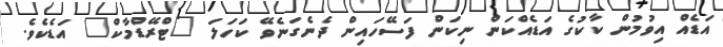
އަޑެއް އިވުމުން ކާކުގެ އަޑެއްކަން ނިކަން ފަސޭހައިން ދެނެގަނެވޭ ކަހަލަ "ޓްރޭޑްމާކް" އަޑެކެވެ.